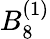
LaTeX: {B}_{8}^{(1)}